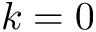
k = 0